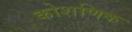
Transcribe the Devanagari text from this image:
कोशणिक